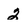
Character: 2